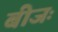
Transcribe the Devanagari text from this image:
बीजः